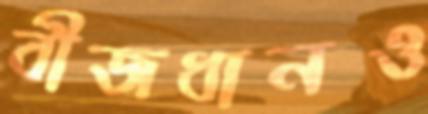
বীজধানও